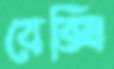
বেক্সি